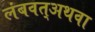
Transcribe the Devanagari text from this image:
लंबवत्अथवा